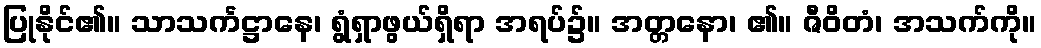
ပြုနိုင်၏။ သာသင်္ကဋ္ဌာနေ၊ ရွံရှာဖွယ်ရှိရာ အရပ်၌။ အတ္တနော၊ ၏။ ဇီဝိတံ၊ အသက်ကို။